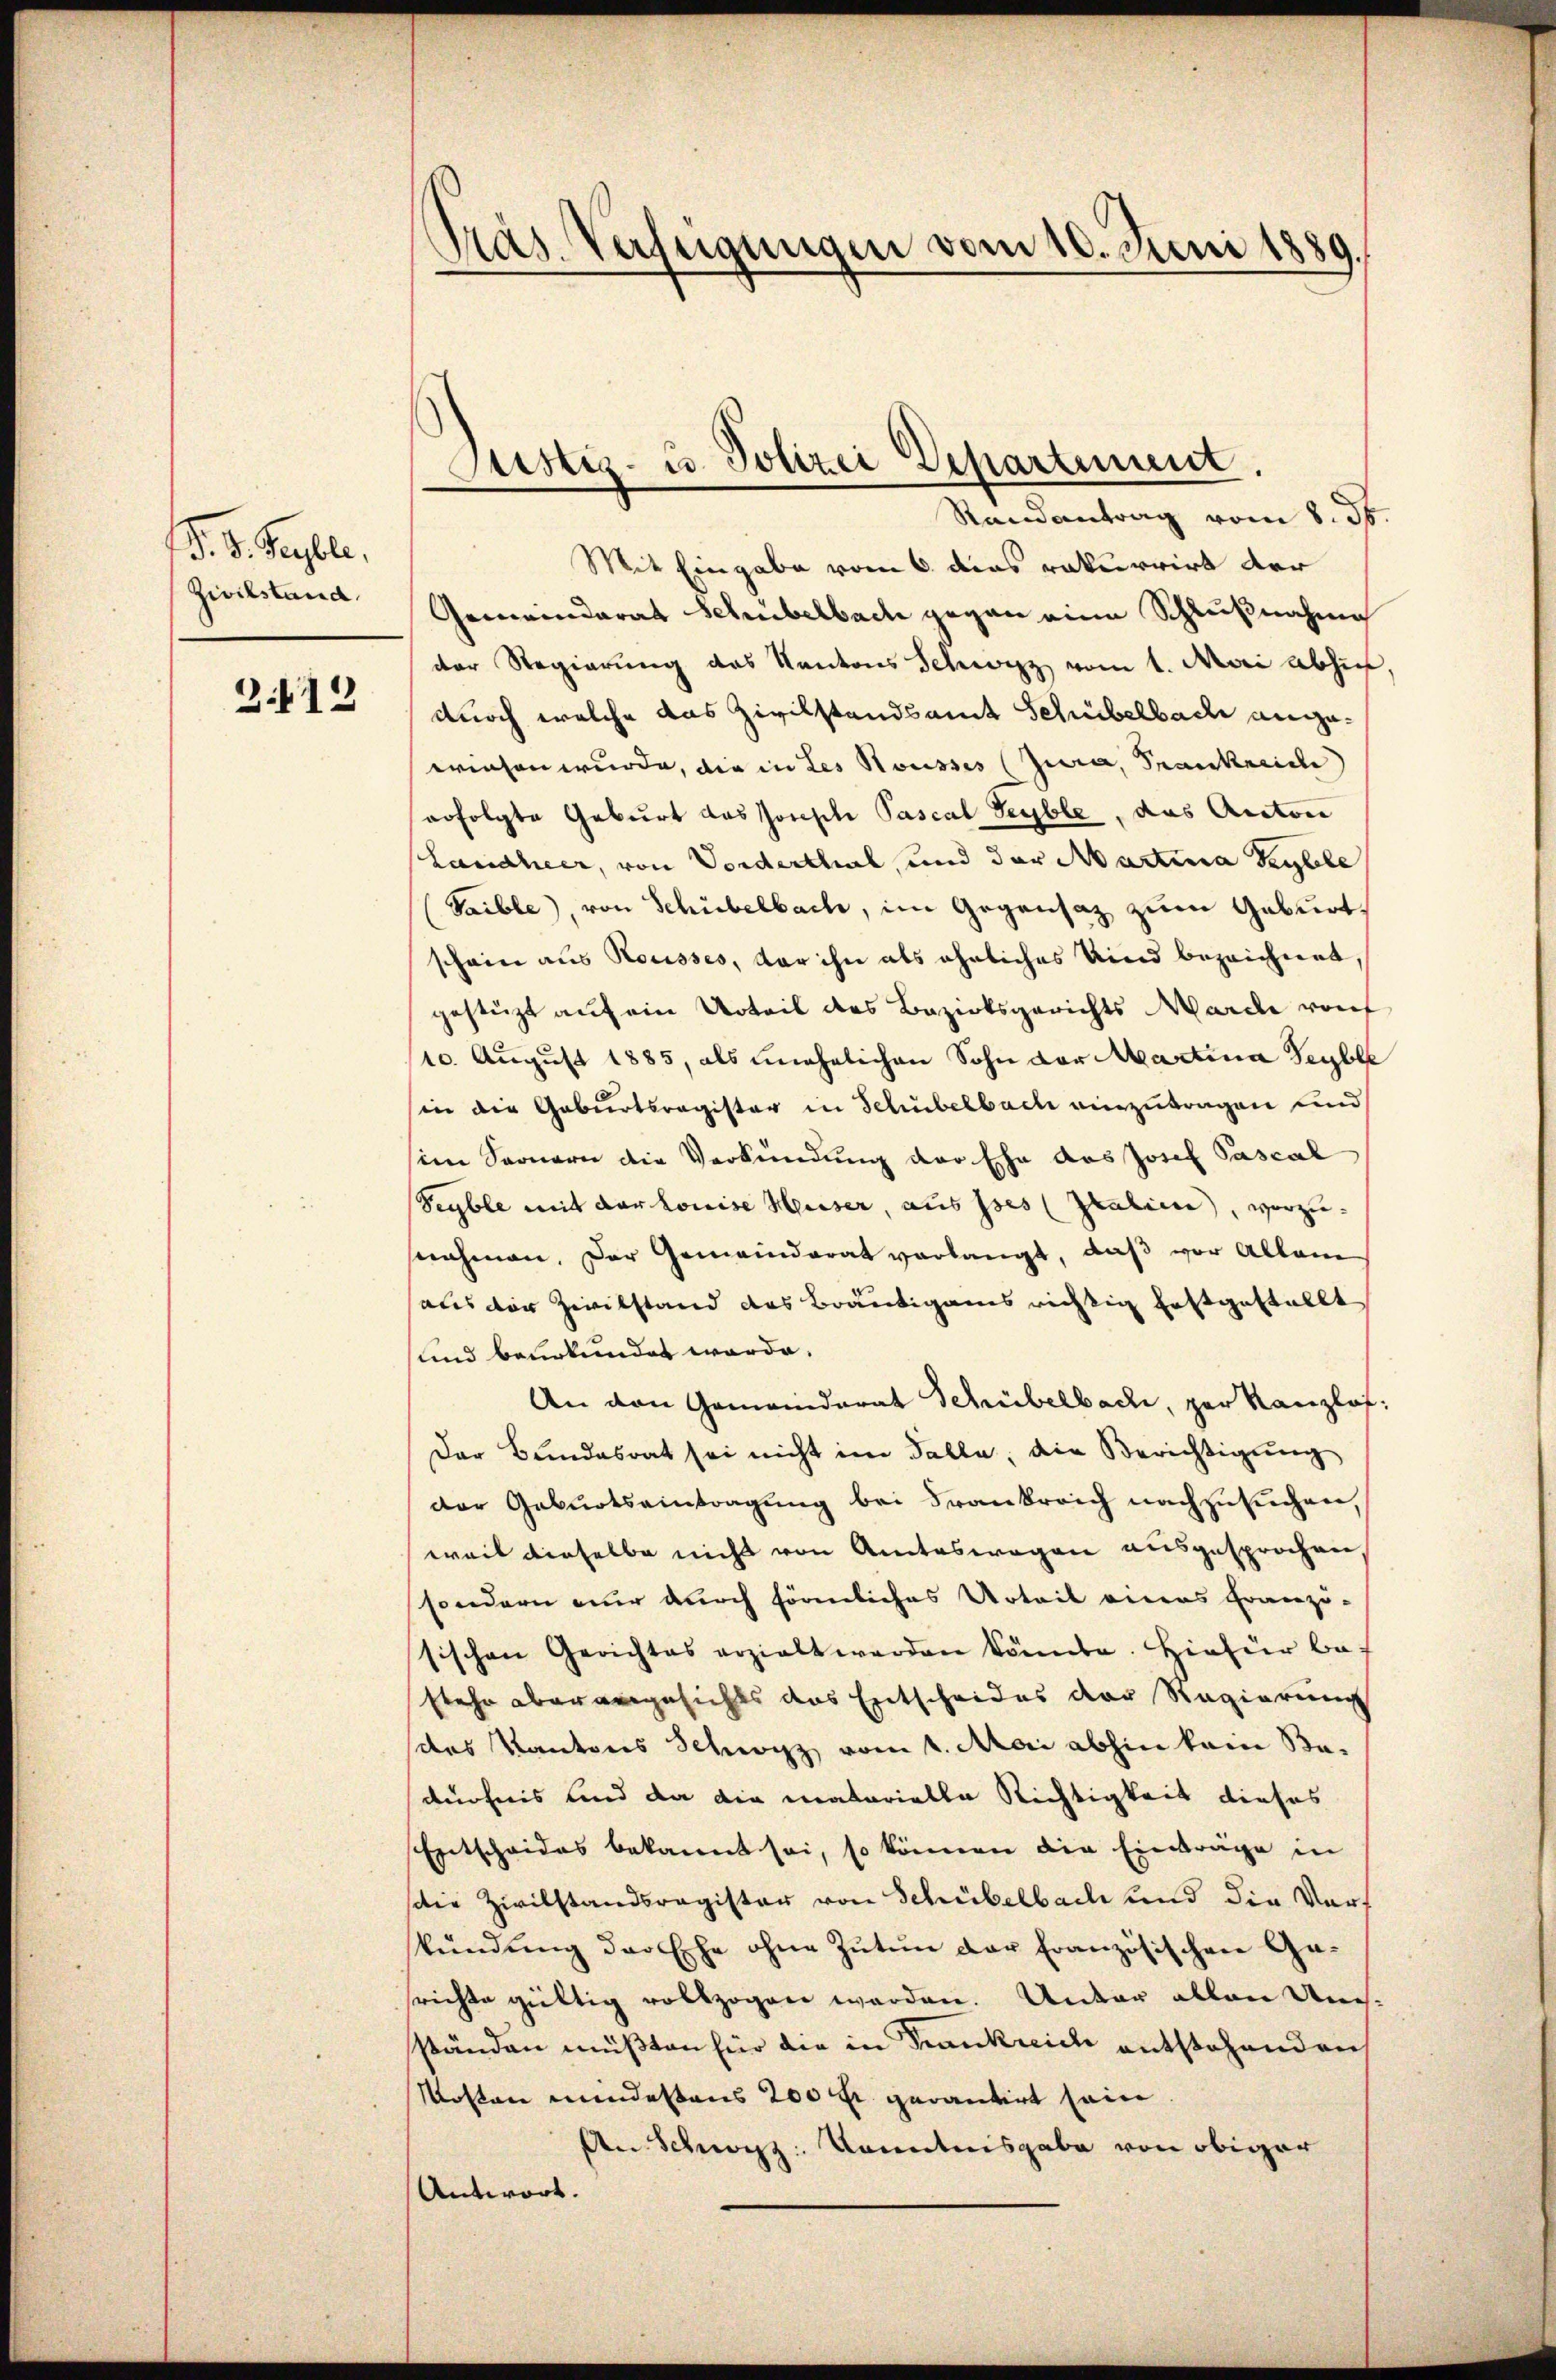
d. d. Septbr.
Zivilstand.

2412

Pras. Verfügungen vom 10. Juni 1889.

Justiz- u. Polizei Departement.
Randantrag vom 8. 36.

Mit Eingabe vom 6. dies rekurrirt der
Gemeinderat Schübelbach gegen eine Schlußnahme
der Regierung des Kantons Schwyz vom 1. Mai abhin
durch welche das Zivilstandsamt Schübelbach angewiesen wurde, die in Les Housses (Jura, Frankreide
erfolgte Geburt das Joseph Pascal Seyble, das Anton
Lanaheer, von Vorderthal, und der Martina Saylebe
Saible, von Schiebelbach, im Gegensatz zum Geburt,
schein aus Rousses, der ihn als ähnliches Kind bezeichnet,
gestüzt auf ein Urteil des Bezirksgerichts Marde rauf
10. August 1885, als unehelichen Sohn der Martina Seyber
(in die Geburtsregister in Schubelbach einzutragen und
sein Sonnern die Verkündung der Ehe das Josef Pascal
Seyble mit der Louise Heiser, aus ses Italien, vorzunehmen. Der Gemeinderat verlangt, daß vor Allei
als der Zivilstand das Bräutigams richtig festgestellt
und beurkundet werde.
An den Gemeinderat Schübelbach, zur Kanzlof:
Der Bundesrat sei nicht im Falle, die Berichtigung
der Geburtsaintragung bei Frankreich nachzusuchen,
weil dieselbe nicht von Amteswegen ausgesprochen
sondern nur durch förmliches Urteil einers Franzö-
sischen Gerichtes erzielt werden könnte. Hiefür be-
stehe aber angesichts das Entscheides der Regierung
das Kantons Schwyz vom 1. Mai abhin kam Badürfnis und da die matarielle Richtigkeit dieses
Entscheides bekannt sei, so können die Einträge in
die Zivilstandsregister von Schübelbach und die Verkŭndŭng der Ehe ohne Zutun der französischen Gerichte gültig vollzogen werden. Unter allen Umständen müßten für die in Frankreich entstehenden
Mosten mindestens 200 fl. gerantirt sein
An Schwyz: Kenntnisgabe von obiger
Antwort.